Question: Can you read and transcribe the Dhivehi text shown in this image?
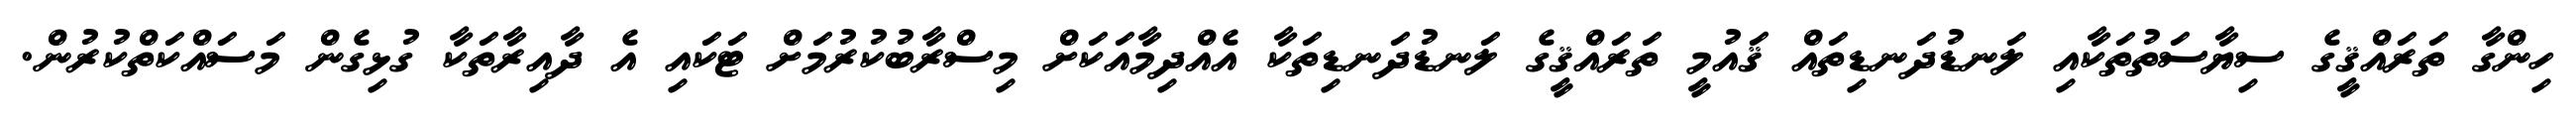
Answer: ހިންގާ ތަރައްޤީގެ ސިޔާސަތުތަކާއި ލަނޑުދަނޑިތައް ޤައުމީ ތަރައްޤީގެ ލަނޑުދަނޑިތަކާ އެއްދިމާއަކަށް މިސްރާބުކުރުމަށް ޓަކައި އެ ދާއިރާތަކާ ގުޅިގެން މަސައްކަތްކުރުން.